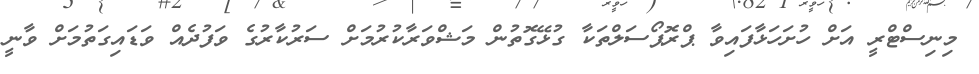
މިނިސްޓްރީ އަށް ހުށަހަޅާފައިވާ ޕްރޮޕޯސަލްތަކާ ގުޅޭގޮތުން މަޝްވަރާކުރުމަށް ސަރުކާރުގެ ވަފުދެއް ވަޑައިގަތުމަށް ވާނީ